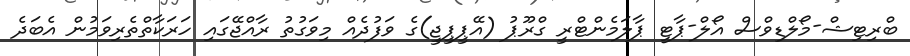
ބްރިޓިޝް-މޯލްޑިވްސް އޯލް-ޕާޓީ ޕާލަމެންޓްރީ ގްރޫޕު (އޭޕީޕީޖީ)ގެ ވަފުދެއް މިވަގުތު ރާއްޖޭގައި ހަރަކާތްތެރިވަމުން އެބަދެ